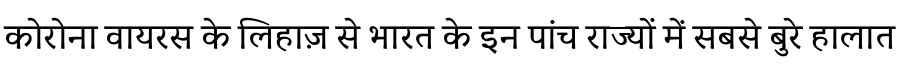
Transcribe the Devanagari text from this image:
कोरोना वायरस के लिहाज़ से भारत के इन पांच राज्यों में सबसे बुरे हालात